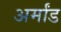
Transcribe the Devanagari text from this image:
अर्मांड